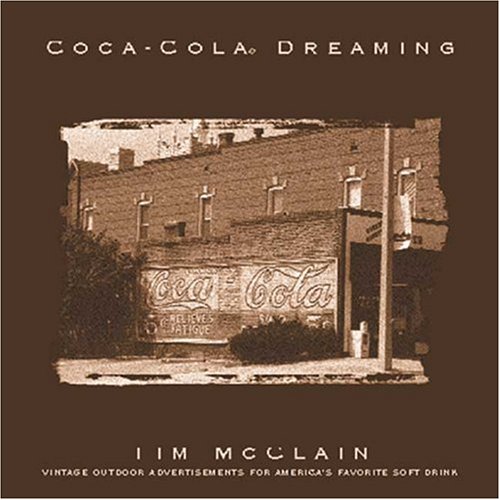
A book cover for Coca-Cola Dreaming; Tim McClain; Crafts, Hobbies & Home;